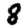
Digit: 8